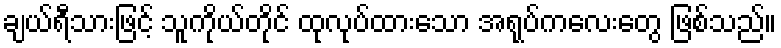
ချယ်ရီသားဖြင့် သူကိုယ်တိုင် ထုလုပ်ထားသော အရုပ်ကလေးတွေ ဖြစ်သည်။